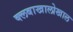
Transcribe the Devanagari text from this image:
क्लबाखालोखाल